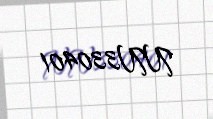
NN330401